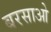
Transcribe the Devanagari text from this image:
बरसाओ